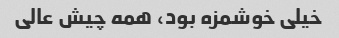
خیلی خوشمزه بود، همه چیش عالی